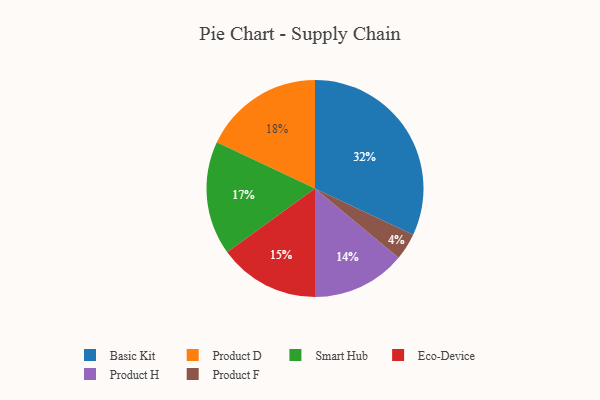
{"axis": {"x": "Category", "y": "Percentage"}, "legend": ["Basic Kit", "Eco-Device", "Product D", "Product F", "Product H", "Smart Hub"], "data": [{"x": "Smart Hub", "y": 17, "type": "Smart Hub"}, {"x": "Product F", "y": 4, "type": "Product F"}, {"x": "Product D", "y": 18, "type": "Product D"}, {"x": "Eco-Device", "y": 15, "type": "Eco-Device"}, {"x": "Basic Kit", "y": 32, "type": "Basic Kit"}, {"x": "Product H", "y": 14, "type": "Product H"}]}